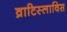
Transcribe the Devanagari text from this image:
व्राटिस्लाविस